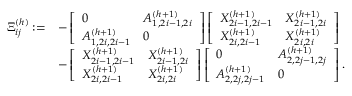
\begin{array} { r l } { \Xi _ { i j } ^ { ( h ) } : = } & { - \left[ \begin{array} { l l } { 0 } & { A _ { 1 , 2 i - 1 , 2 i } ^ { ( h + 1 ) } } \\ { A _ { 1 , 2 i , 2 i - 1 } ^ { ( h + 1 ) } } & { 0 } \end{array} \right] \left[ \begin{array} { l l } { X _ { 2 i - 1 , 2 i - 1 } ^ { ( h + 1 ) } } & { X _ { 2 i - 1 , 2 i } ^ { ( h + 1 ) } } \\ { X _ { 2 i , 2 i - 1 } ^ { ( h + 1 ) } } & { X _ { 2 i , 2 i } ^ { ( h + 1 ) } } \end{array} \right] } \\ & { - \left[ \begin{array} { l l } { X _ { 2 i - 1 , 2 i - 1 } ^ { ( h + 1 ) } } & { X _ { 2 i - 1 , 2 i } ^ { ( h + 1 ) } } \\ { X _ { 2 i , 2 i - 1 } ^ { ( h + 1 ) } } & { X _ { 2 i , 2 i } ^ { ( h + 1 ) } } \end{array} \right] \left[ \begin{array} { l l } { 0 } & { A _ { 2 , 2 j - 1 , 2 j } ^ { ( h + 1 ) } } \\ { A _ { 2 , 2 j , 2 j - 1 } ^ { ( h + 1 ) } } & { 0 } \end{array} \right] . } \end{array}